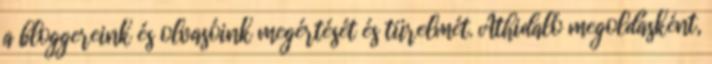
a bloggereink és olvasóink megértését és türelmét. Áthidaló megoldásként,